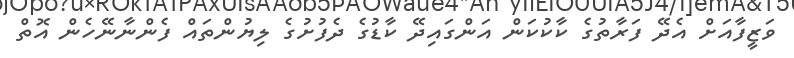
ވަޒީފާއަށް އެދޭ ފަރާތުގެ ކާކުކަން އަންގައިދޭ ކާޑުގެ ދެފުށުގެ ލިޔުންތައް ފެންނާނޭހެން އޮތް